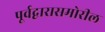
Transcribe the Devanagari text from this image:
पूर्वद्वारासमोरील